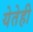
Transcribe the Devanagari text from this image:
येतेही